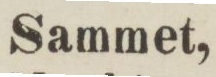
Sammet,